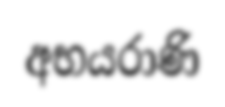
අභයරාණි